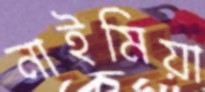
নাইমিয়া